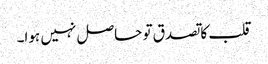
قلب کا تصدق تو حاصل نہیں ہوا۔